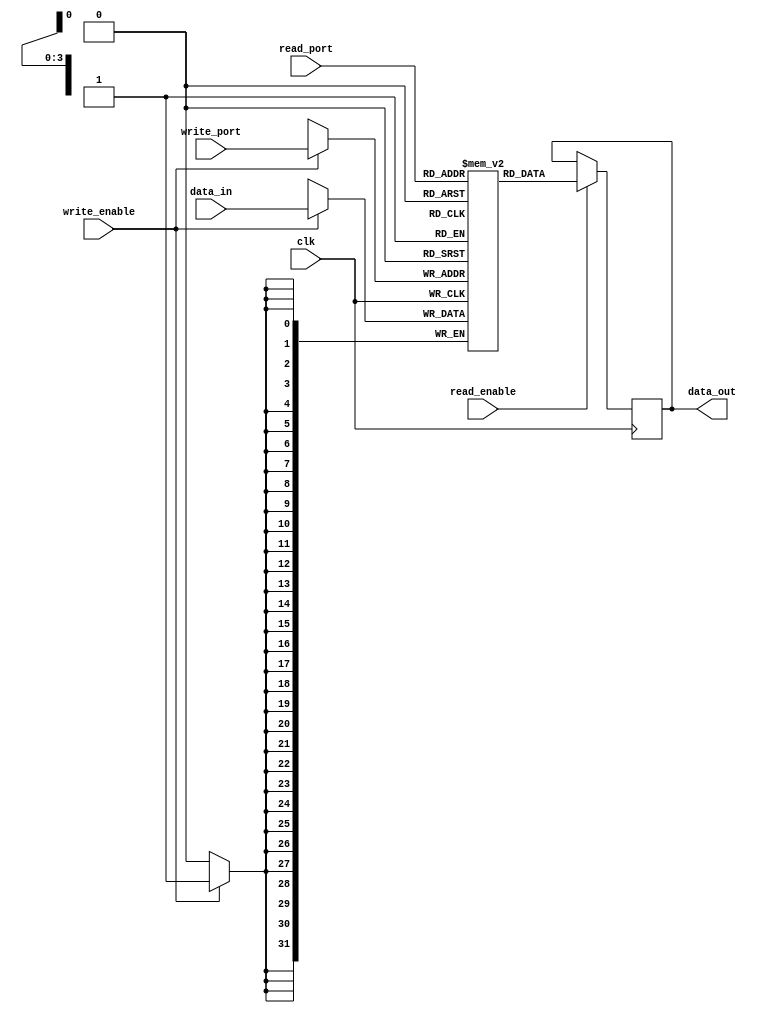
module memory_block (
    input wire clk,
    input wire[31:0] data_in,
    input wire[3:0] read_port,
    input wire[3:0] write_port,
    input wire read_enable,
    input wire write_enable,
    output wire[31:0] data_out
);

reg [31:0] memory [15:0];

always @(posedge clk) begin
    if (read_enable) begin
        data_out <= memory[read_port];
    end
    if (write_enable) begin
        memory[write_port] <= data_in;
    end
end

endmodule